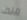
فلين